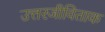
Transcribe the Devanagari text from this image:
उत्तरजीविताक